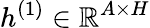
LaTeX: h^{(1)}\in\mathbb{R}^{A\times H}